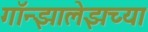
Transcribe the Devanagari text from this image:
गॉन्झालेझच्या